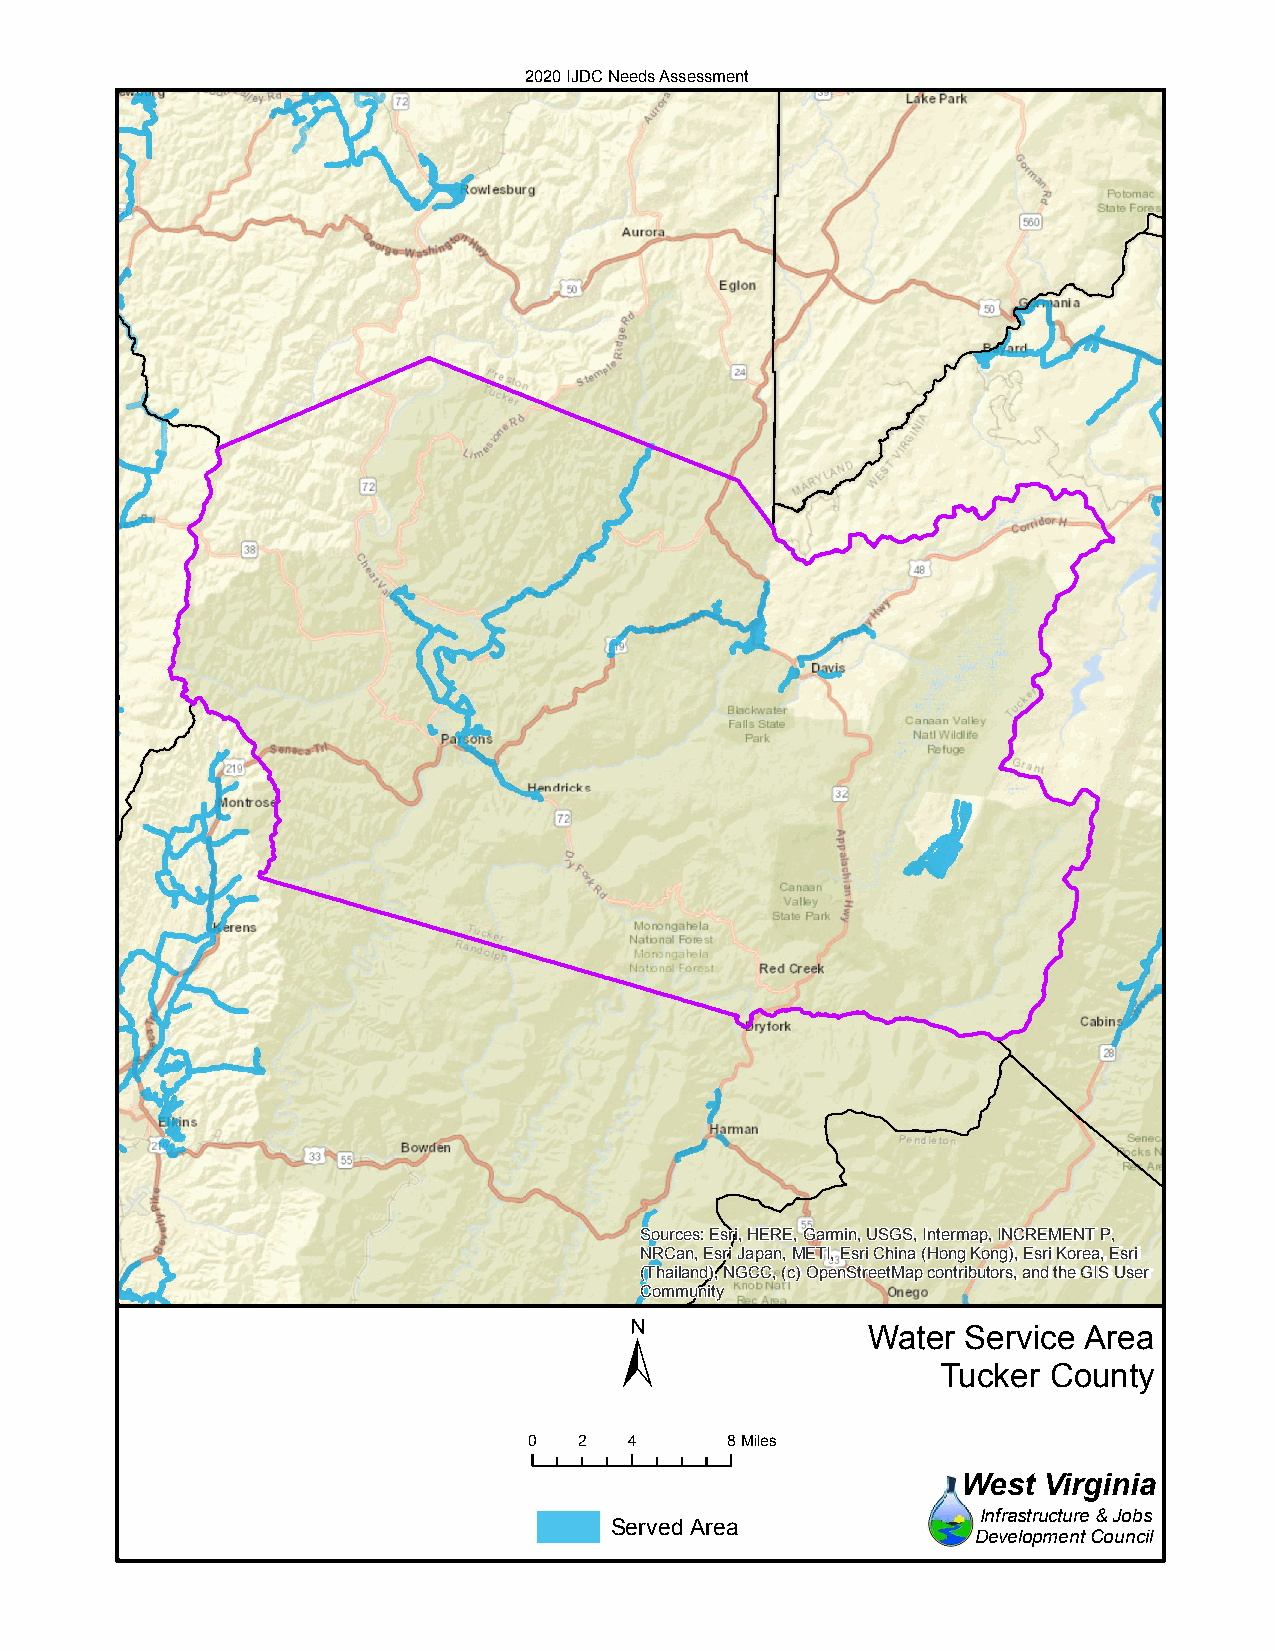
2020 IJDC Needs Assessment
 Sources: Esri, HERE, Garmin, USGS, Intermap, INCREMENT P,
 NRCan, Esri Japan, METI, Esri China (Hong Kong), Esri Korea, Esri
 (Thailand), NGCC, (c) OpenStreetMap contributors, and the GIS User
 Community
 ±
 Water  Service Area
 Tucker County
 0  2   4     8Miles
 West Virginia
 Infrastructure & Jobs
 Served Area
 Development Council